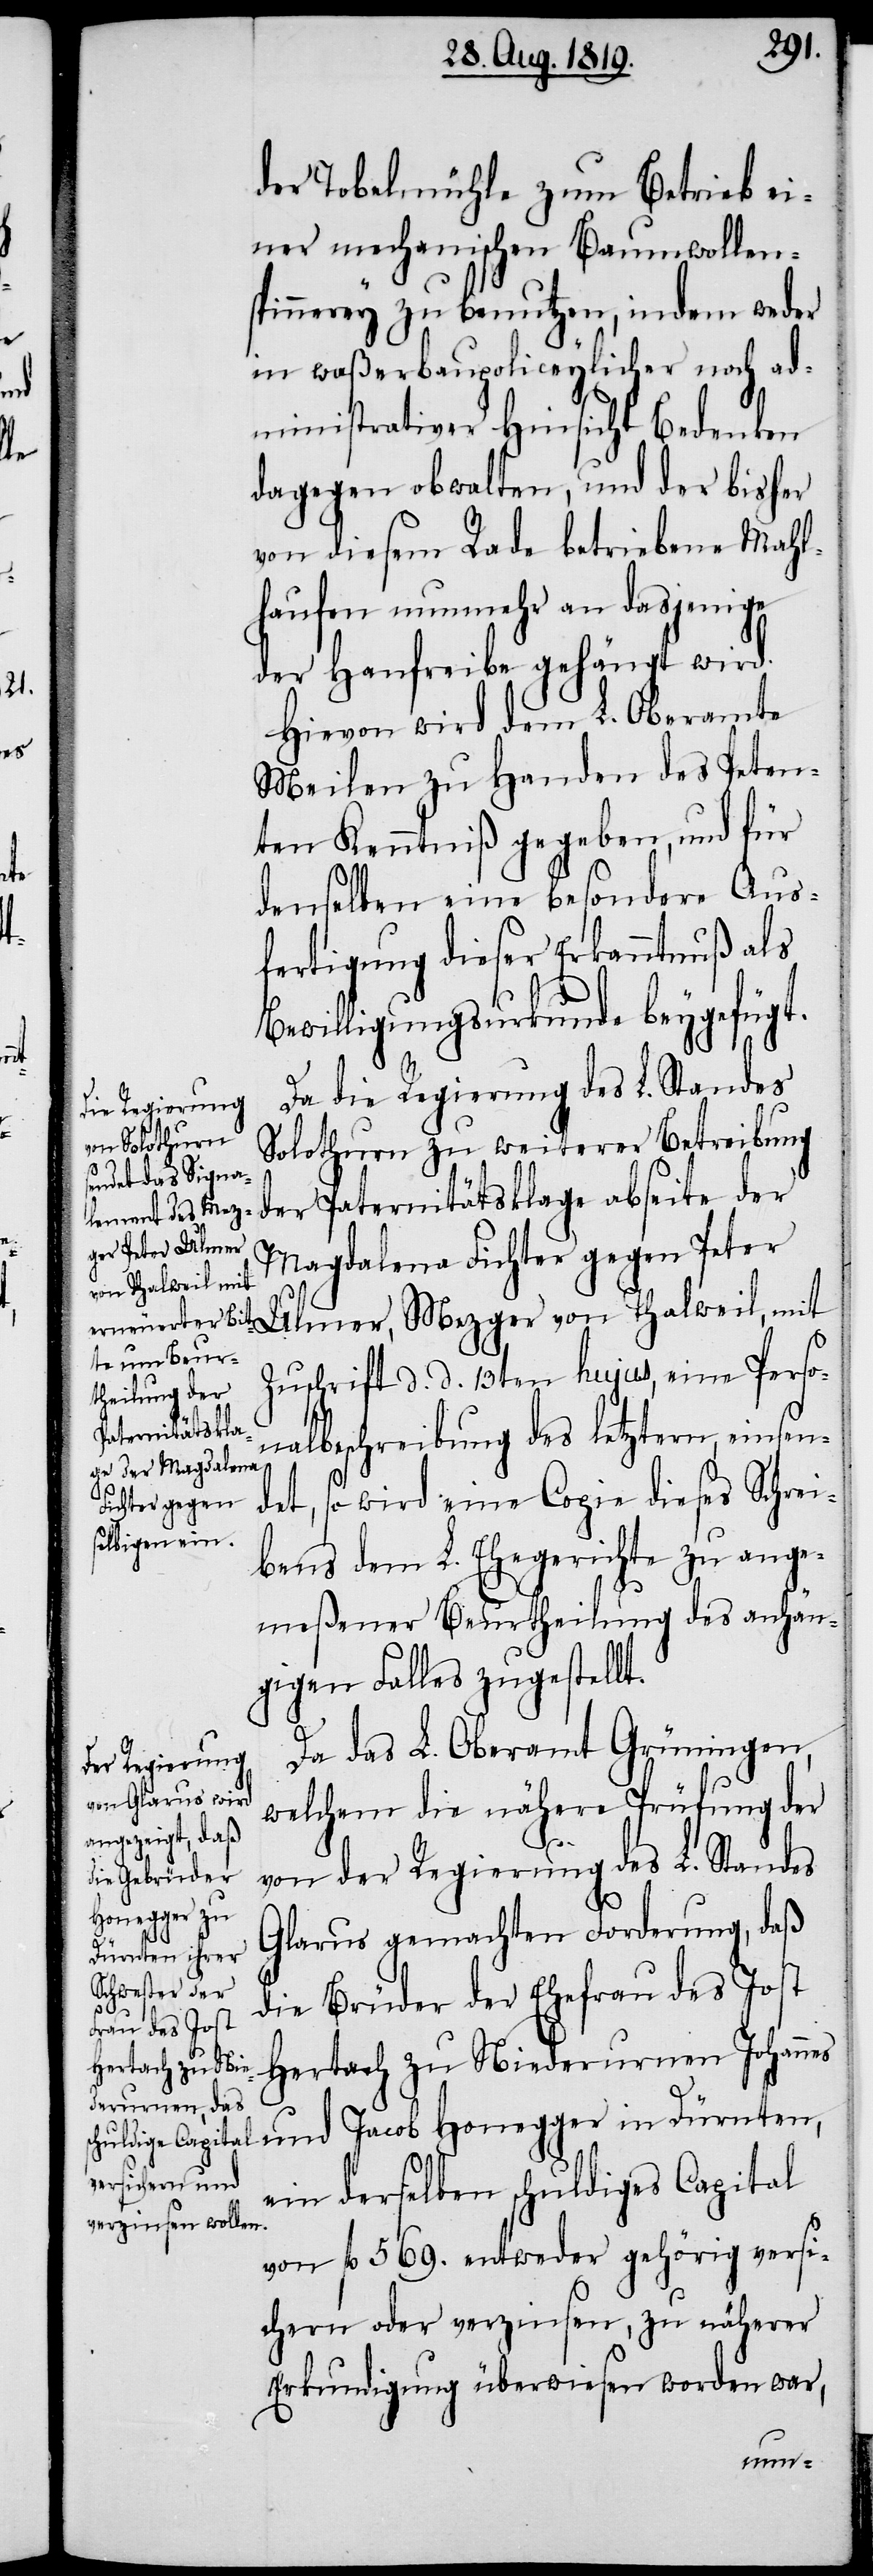
der Tobelmühle zum Betrieb ei¬
ner mechanischen Baumwollen¬
spinnerey zu benutzen, indem weder
in waßerbaupoliceylicher noch ad¬
ministrativer Hinsicht Bedenken
dagegen obwalten, und der bisher
von diesem Rade betriebenen Mahl¬
haufen nunmehr an dasjenige
der Hanfreibe gehängt wird.
Hievon wird dem L. Oberamte
Meilen zu Handen des Peten¬
ten Kenntniß gegeben, und für
denselben eine besondere Aus¬
fertigung dieser Erkanntnuß als
Bewilligungsurkunde beygefügt.
Da die Regierung des L. Standes
Solothurn zu weiterer Betreibung
der Paternitätsklage abseite der
Magdalena Fichter gegen Peter
von Thalweil, mit
Zuschrift d. d. 13ten hujus, eine Perso¬
nalbeschreibung des letztern, einsen¬
det, so wird eine Copie dieses Schrei¬
bens dem L. Ehegerichte zu ange¬
meßener Beurtheilung des anhän¬
gigen Falles zugestellt.
Da das L. Oberamt Grüningen,
welchem die nähere Prüfung der
von der Regierung des L. Standes
Glarus gemachten Forderung, daß
die Brüder der Ehefrau des Jost
Hertach zu Niederurnen Johannes
und Jacob Honegger in Dürnten,
ein derselben schuldiges Capital
von fl. 569. entweder gehörig versi¬
chern oder verzinsen, zu näherer
Erkundigung überwiesen worden war,